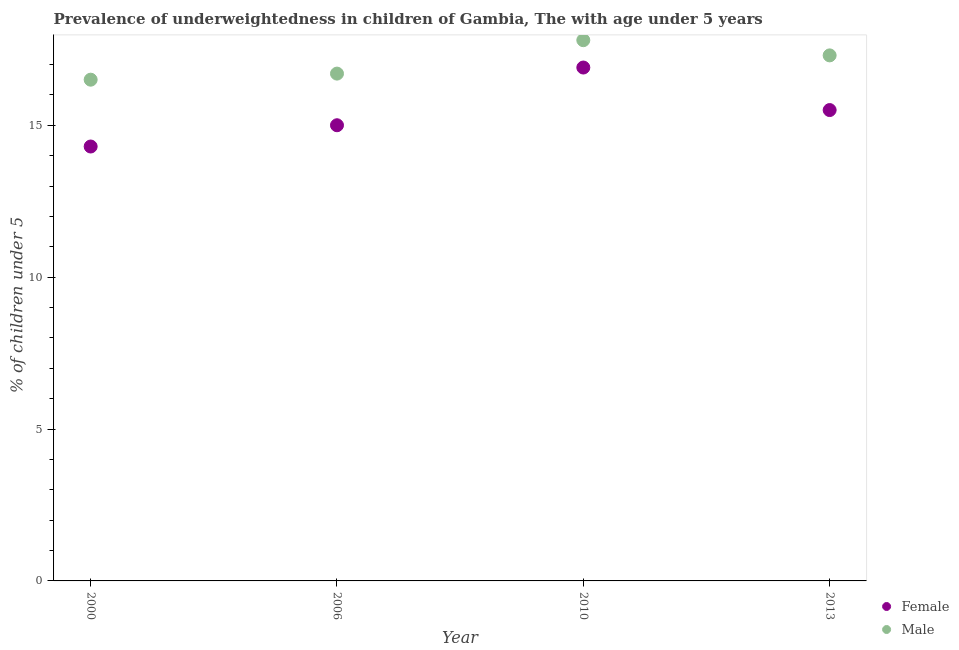
| Year | Female | Male |
 | --- | --- | --- |
 | 2000 | 14.3 | 16.5 |
 | 2006 | 15 | 16.7 |
 | 2010 | 16.9 | 17.8 |
 | 2013 | 15.5 | 17.3 |